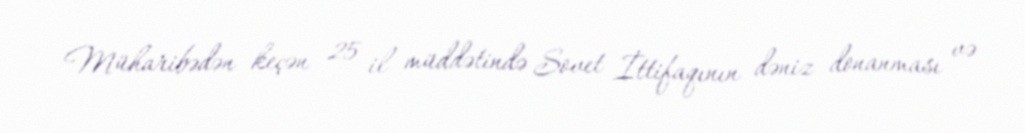
Müharibədən keçən 25 il müddətində Sovet İttifaqının dəniz donanması və